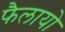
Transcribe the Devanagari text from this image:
फैलायो